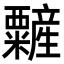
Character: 䊲